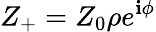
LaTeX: {Z_{+}}={Z_{0}}\rho{e^{\mathbf{i}\phi}}